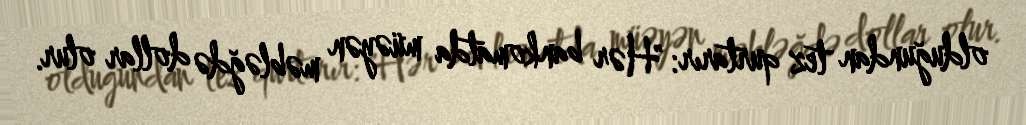
olduğundan tez qurtarır: "Hər bankomatda müəyən məbləğdə dollar olur.